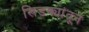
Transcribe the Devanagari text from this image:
खिडक्यांतून